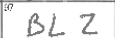
Transcription: BLZ